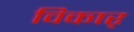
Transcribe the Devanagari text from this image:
विकार्